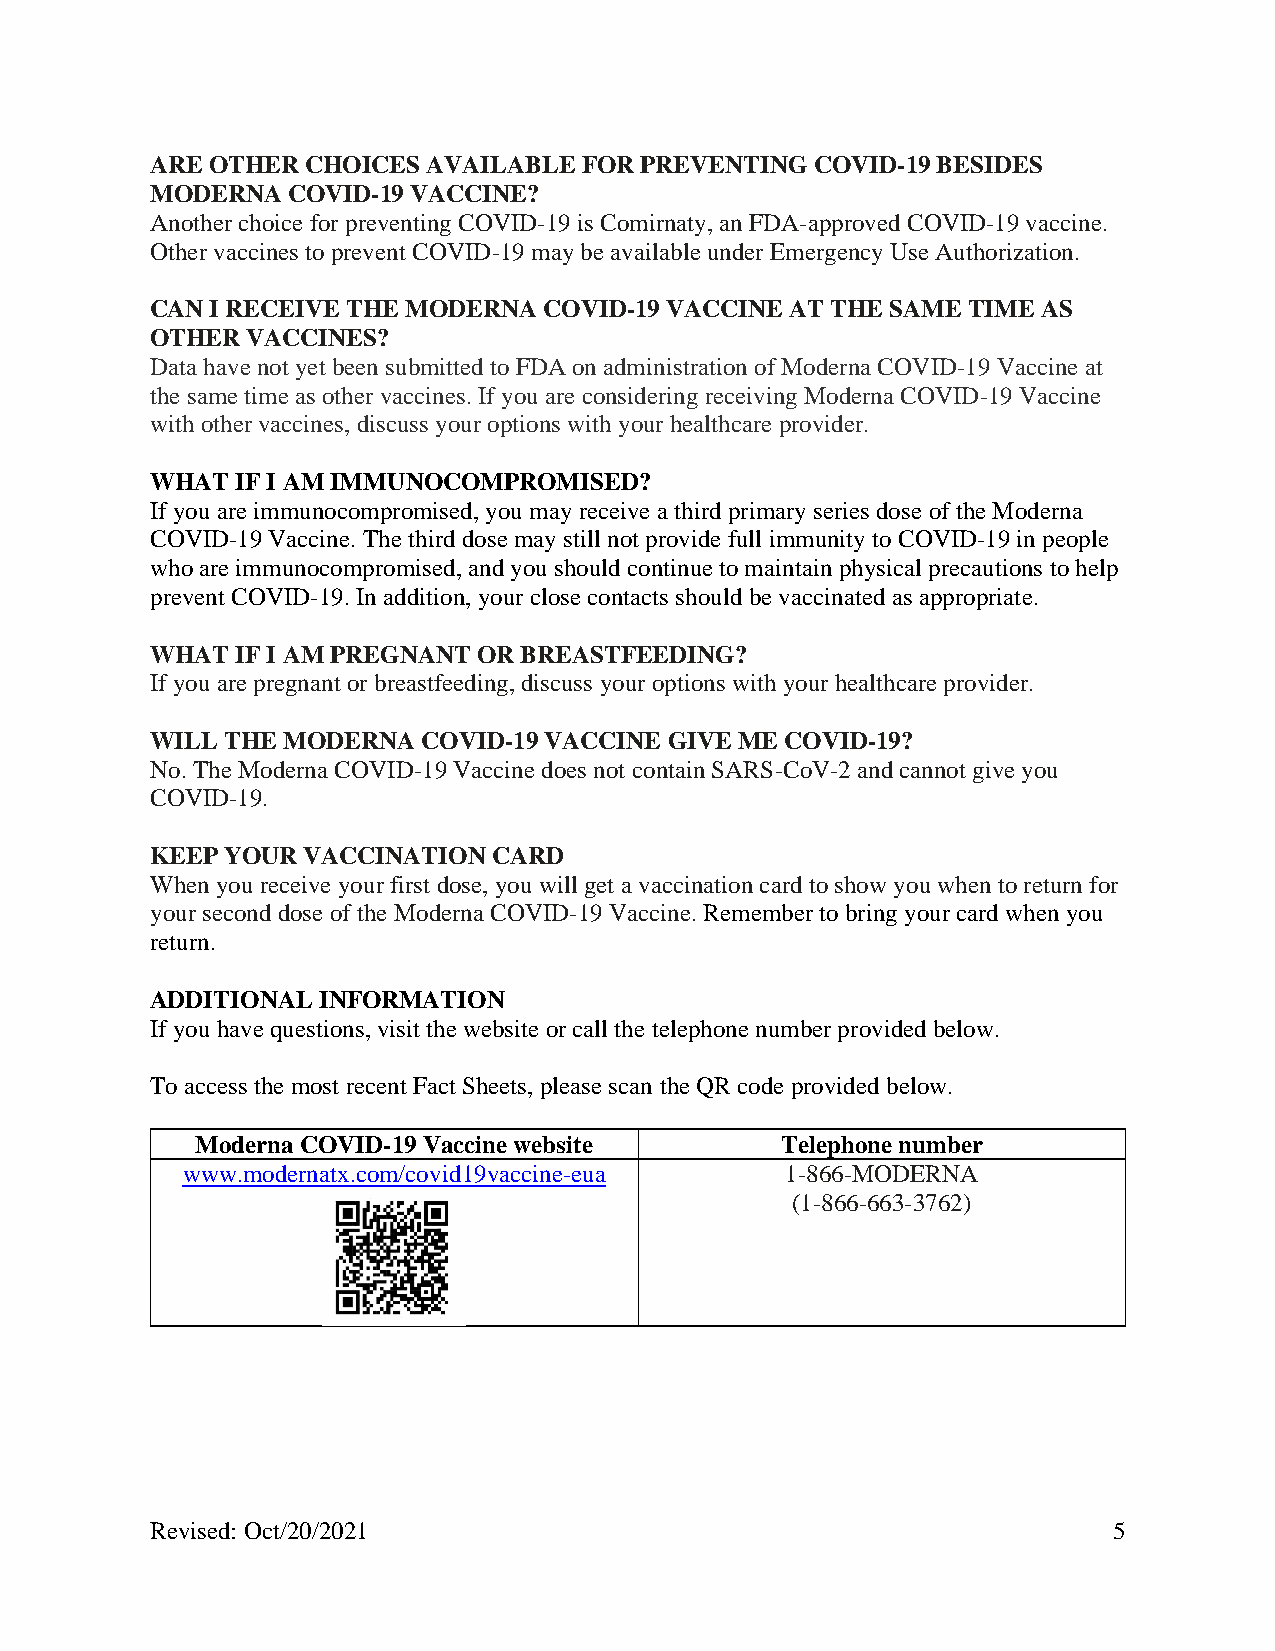
ARE OTHER CHOICES AVAILABLE  FOR PREVENTING COVID-19 BESIDES
 MODERNA  COVID-19 VACCINE?
 Another choice for preventing COVID-19 is Comirnaty, an FDA-approved COVID-19 vaccine.
 Other vaccines to prevent COVID-19 may be available under Emergency Use Authorization.
 CAN I RECEIVE THE MODERNA COVID-19 VACCINE AT THE SAME TIME AS
 OTHER VACCINES?
 Data have not yet been submitted to FDA on administration of Moderna COVID-19 Vaccine at
 the same time as other vaccines. If you are considering receiving Moderna COVID-19 Vaccine
 with other vaccines, discuss your options with your healthcare provider.
 WHAT  IF I AM IMMUNOCOMPROMISED?
 If you are immunocompromised, you may receive a third primary series dose of the Moderna
 COVID-19 Vaccine. The third dose may still not provide full immunity to COVID-19 in people
 who are immunocompromised, and you should continue to maintain physical precautions to help
 prevent COVID-19. In addition, your close contacts should be vaccinated as appropriate.
 WHAT  IF I AM PREGNANT OR BREASTFEEDING?
 If you are pregnant or breastfeeding, discuss your options with your healthcare provider.
 WILL THE MODERNA  COVID-19 VACCINE GIVE ME COVID-19?
 No. The Moderna COVID-19 Vaccine does not contain SARS-CoV-2 and cannot give you
 COVID-19.
 KEEP YOUR VACCINATION  CARD
 When you receive your first dose, you will get a vaccination card to show you when to return for
 your second dose of the Moderna COVID-19 Vaccine. Remember to bring your card when you
 return.
 ADDITIONAL INFORMATION
 If you have questions, visit the website or call the telephone number provided below.
 To access the most recent Fact Sheets, please scan the QR code provided below.
 Moderna COVID-19 Vaccine website       Telephone number
 www.modernatx.com/covid19vaccine-eua    1-866-MODERNA
 (1-866-663-3762)
 Revised: Oct/20/2021                                            5